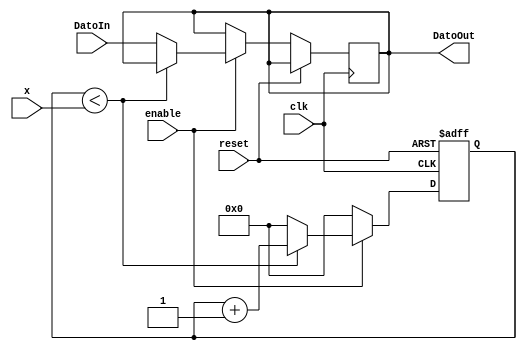
`timescale 1ns / 1ps
//////////////////////////////////////////////////////////////////////////////////
// Company: 
// Engineer: 
// 
// Design Name: 
// Module Name:    ContadorPrue2 
// Project Name: 
// Target Devices: 
// Tool versions: 
// Description: 
//
// Dependencies: 
//
// Revision: 
// Revision 0.01 - File Created
// Additional Comments: 
//
//////////////////////////////////////////////////////////////////////////////////
module ContadorCircuito(input reset,enable ,clk, input [7:0] x,input [7:0] DatoIn ,output reg [7:0] DatoOut );
	reg [7:0] datcount;
	always @(posedge clk,  posedge reset) begin // cualquiera de las dos opciones. ingresa al ciclo
	datcount <= 8'b0;
		if (reset) begin
			datcount <= 8'b0;
		end
		else if(enable) begin
			if (datcount < x) begin// conteo hasta 31
				datcount <= datcount + 1;
			end
			else begin
				DatoOut <= DatoIn;
				datcount <= 8'b0;
			end
		end
	end
endmodule